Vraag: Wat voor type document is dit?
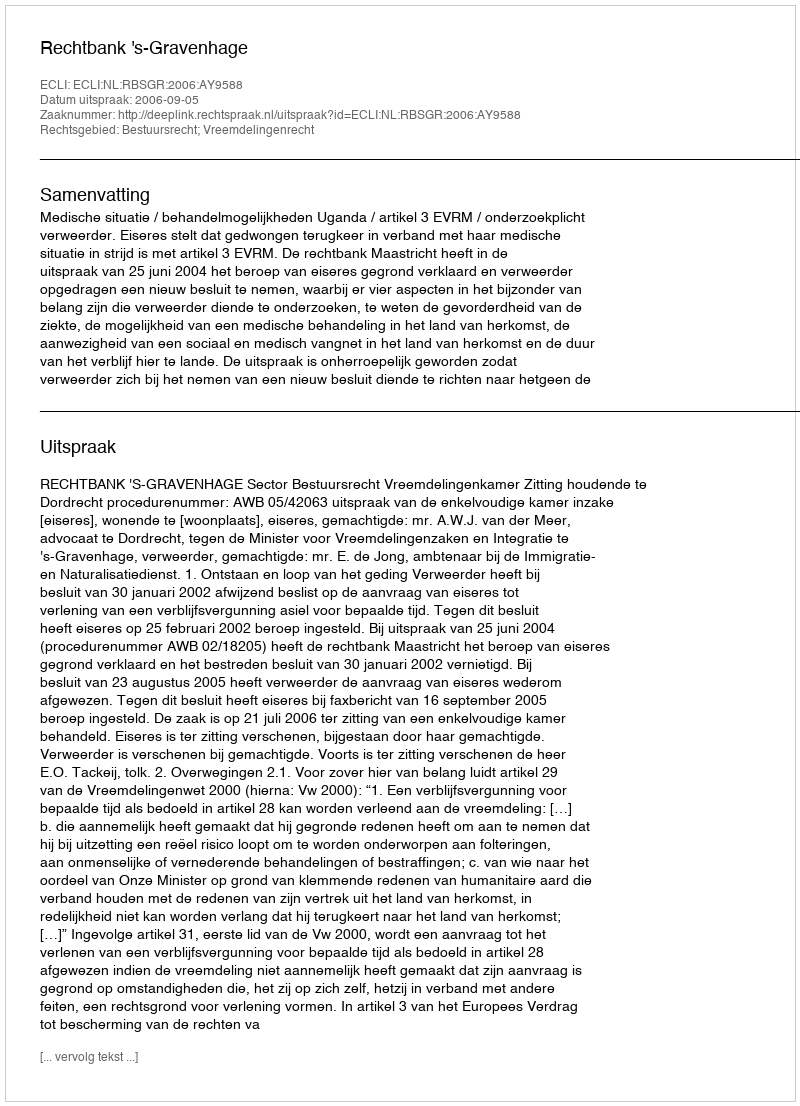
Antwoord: Uitspraak